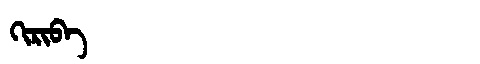
Manchu: ᡴᡳᡵᡳᠪᠠ
Romanization: KIRIBA